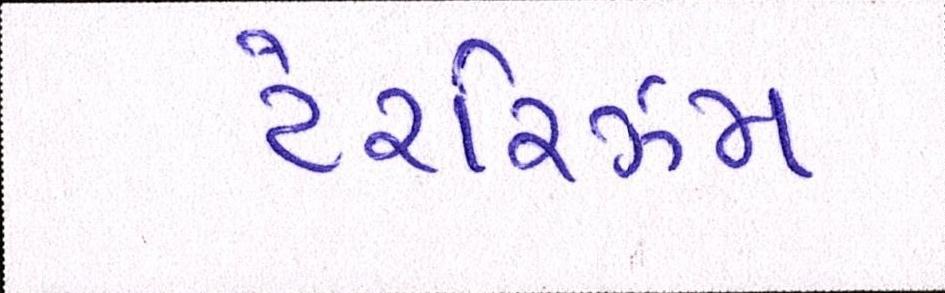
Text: ટેરરિઝમ